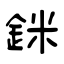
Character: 銤